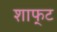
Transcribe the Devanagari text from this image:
शाफ्‌ट